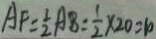
A F = \frac { 1 } { 2 } A 8 : \frac { 1 } { 2 } \times 2 0 = 1 0